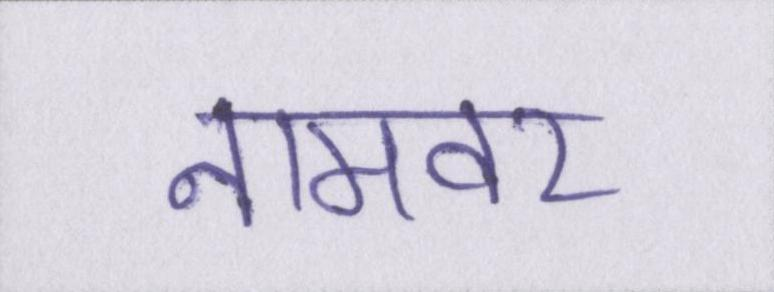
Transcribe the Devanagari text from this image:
नामवर